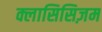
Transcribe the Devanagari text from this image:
क्लासिसिज़म